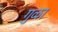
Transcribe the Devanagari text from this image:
गुळा